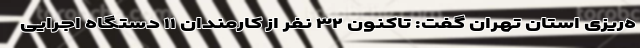
ه‌ریزی استان تهران گفت: تاکنون ۳۲ نفر از کارمندان ۱۱ دستگاه اجرایی